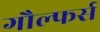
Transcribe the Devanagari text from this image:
गौल्फर्स